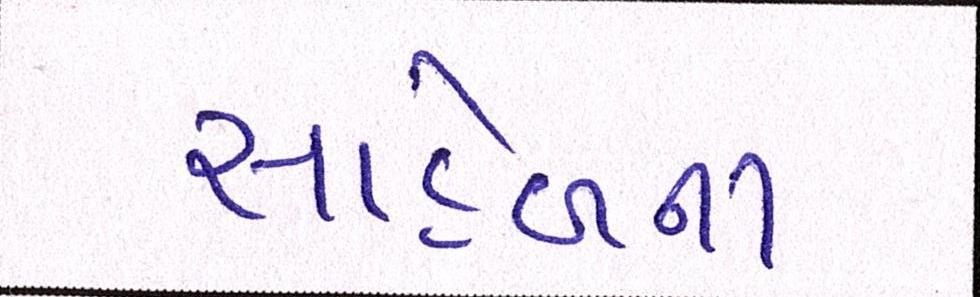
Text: સાહેબના